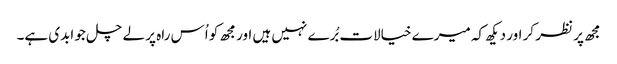
مجھ پر نظر کر اور دیکھ کہ میرے خیالات بُرے نہیں ہیں اور مجھ کو اُس راہ پر لے چل جو ابدی ہے۔